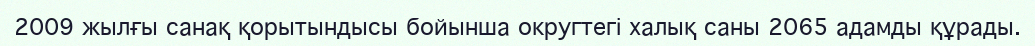
2009 жылғы санақ қорытындысы бойынша округтегі халық саны 2065 адамды құрады.